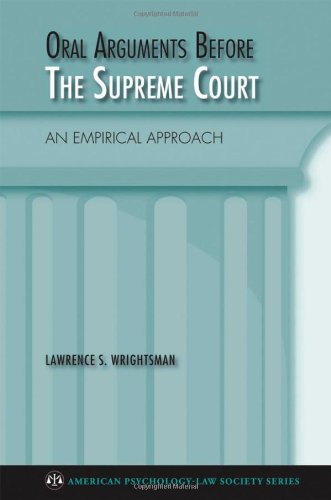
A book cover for Oral Arguments Before the Supreme Court: An Empirical Approach (American Psychology-Law Society Series); Lawrence Wrightsman; Law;